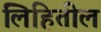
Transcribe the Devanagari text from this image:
लिहितील